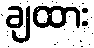
ချထား